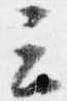
云